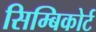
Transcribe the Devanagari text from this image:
सिम्बिकोर्ट